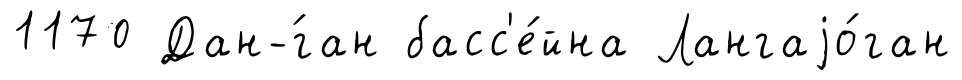
1170 Дан-́ган басс'е́йна Лангаjо́ган